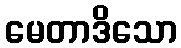
မေတာဒိသော